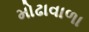
મોઢાવાળા